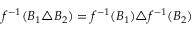
f ^ { - 1 } ( B _ { 1 } \triangle B _ { 2 } ) = f ^ { - 1 } ( B _ { 1 } ) \triangle f ^ { - 1 } ( B _ { 2 } )